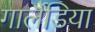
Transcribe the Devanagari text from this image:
गार्लैंडिया